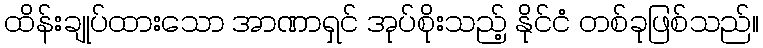
ထိန်းချုပ်ထားသော အာဏာရှင် အုပ်စိုးသည့် နိုင်ငံ တစ်ခုဖြစ်သည်။